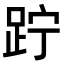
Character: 𨀉